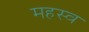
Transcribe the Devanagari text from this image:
महस्व